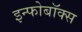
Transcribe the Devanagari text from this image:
इन्फोबॉक्स